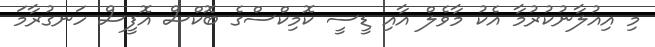
މި އިއުލާނުކުރުމާ އެކު މާވެލް އާއި ޑީސީ ކޮމިކްސްގެ ބޮކްސް އޮފީސް ހަނގުރާމަ